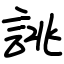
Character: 誂